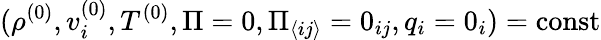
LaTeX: (\rho^{(0)},v_{i}^{(0)},T^{(0)},\Pi=0,\Pi_{\langle ij\rangle}=0_{ij},q_{i}=0_{i})=\mathrm{const}